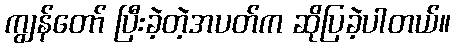
ကျွန်တော် ပြီးခဲ့တဲ့အပတ်က ဆိုပြခဲ့ပါတယ်။